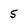
Character: 5